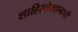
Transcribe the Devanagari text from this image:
शाहिस्तेखानाचीं